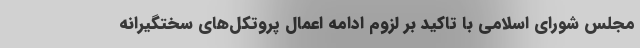
مجلس شورای اسلامی با تاکید بر لزوم ادامه اعمال پروتکل‌های سختگیرانه